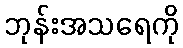
ဘုန်းအသရေကို